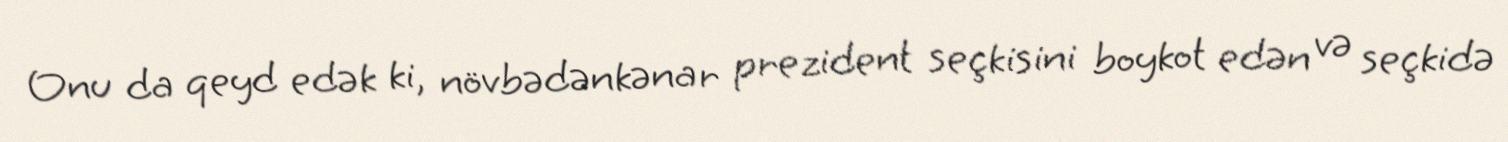
Onu da qeyd edək ki, növbədənkənar prezident seçkisini boykot edən və seçkidə